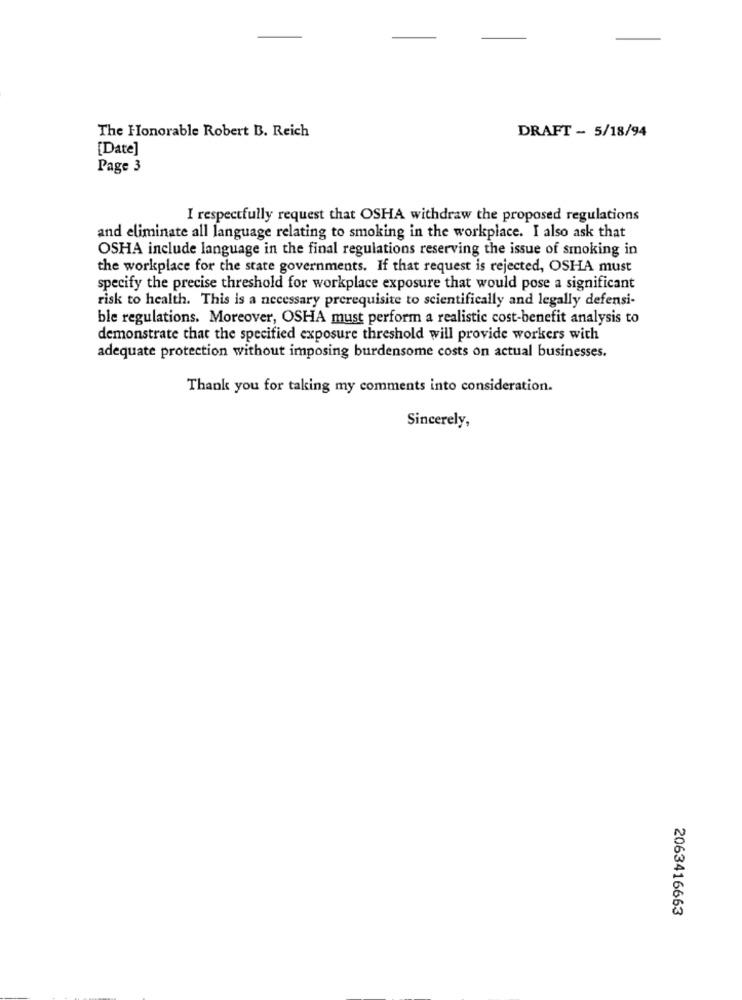
The Honorable Robert B. Reich
DRAFT - 5/18/94
[Date]
Page 3
I respectfully request that OSHA withdraw the proposed regulations
and eliminate all language relating to smoking in the workplace. I also ask that
OSHA include language in the final regulations reserving the issue of smoking in
the workplace for the state governments. If that request is rejected, OSHA must
specify the precise threshold for workplace exposure that would pose a significant
risk to health. This is a necessary prerequisite to scientifically and legally defensi-
ble regulations. Moreover, OSHA must perform a realistic cost-benefit analysis to
demonstrate that the specified exposure threshold will provide workers with
adequate protection without imposing burdensome costs on actual businesses.
Thank you for taking my comments into consideration.
Sincerely,
2063416663